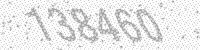
Solution: 138460